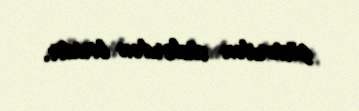
göstərilən sözlərdən biridir.